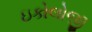
ઇકોલોજી